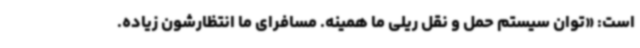
است: «توان سیستم حمل و نقل ریلی ما همینه. مسافرای ما انتظارشون زیاده.